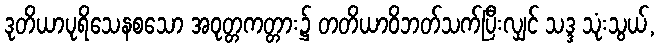
ဒုတိယာပုရိသေနစသော အဝုတ္တကတ္တား၌ တတိယာဝိဘတ်သက်ပြီးလျှင် သဒ္ဒ သုံးသွယ်,